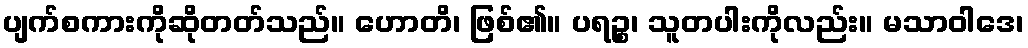
ပျက်စကားကိုဆိုတတ်သည်။ ဟောတိ၊ ဖြစ်၏။ ပရဉ္စ၊ သူတပါးကိုလည်း။ မသာဝါဒေ၊